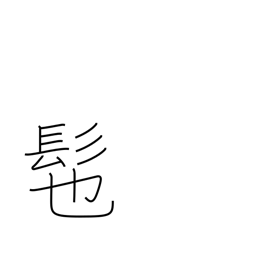
Meaning: wig